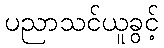
ပညာသင်ယူခွင့်